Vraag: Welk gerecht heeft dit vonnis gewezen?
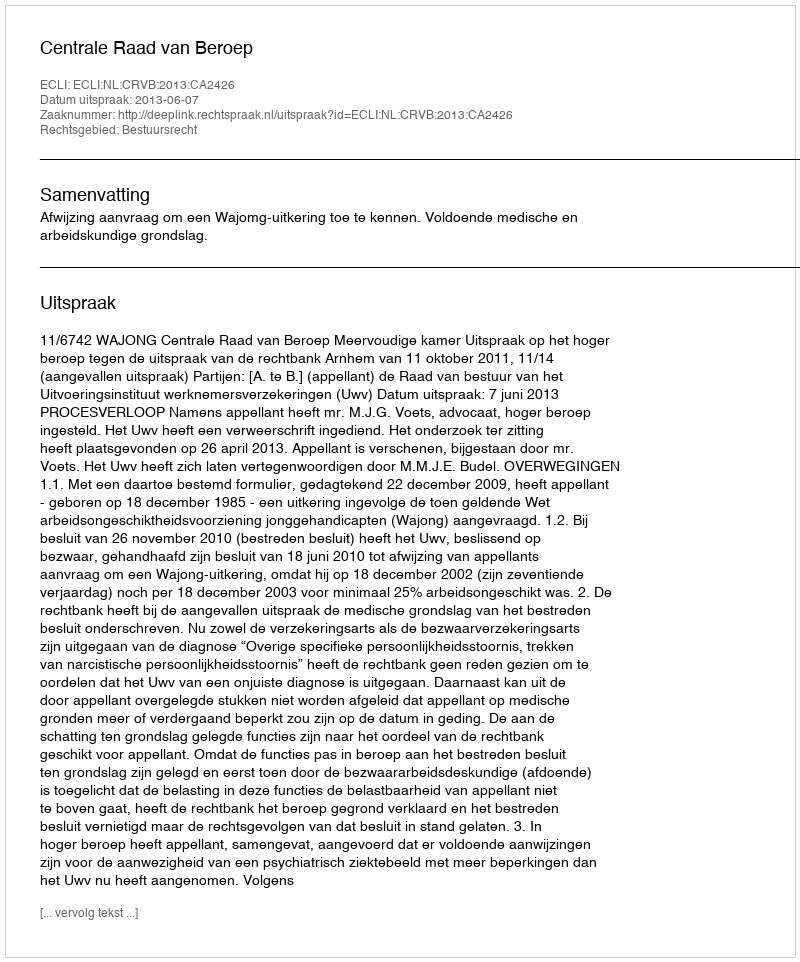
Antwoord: Centrale Raad van Beroep